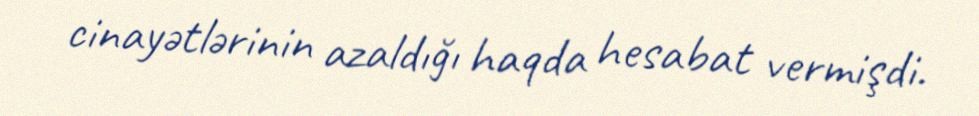
cinayətlərinin azaldığı haqda hesabat vermişdi.